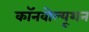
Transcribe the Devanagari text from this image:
कॉनवोल्यूशन